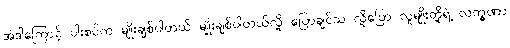
အဲဒါကြောင့် ပါးစပ်က မျိုးချစ်ပါတယ် မျိုးချစ်ပါတယ်လို့ ပြောချင်သ လို့ပြော လူမျိုးတို့ရဲ့ လက္ခဏာ